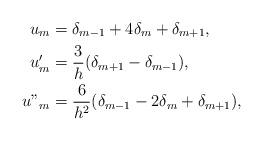
LaTeX: \begin{align*} u_{m}&=\delta_{m-1}+4\delta_{m}+\delta_{m+1},\\ u'_{m}&=\dfrac{3}{h}(\delta_{m+1}-\delta_{m-1}),\\ u"_{m}&=\dfrac{6}{h^{2}}(\delta_{m-1}-2\delta_{m}+\delta_{m+1}),\end{align*}